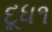
દૂધ૧